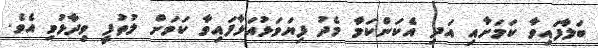
ބަލާފައިވާ ކަމަށާއި އަދި އެކަންކަމާ މެދު ފިޔަވަޅުއަޅާފައިވާ ކަމަށް ލުތުފީ ވިދާޅުވި އެވެ.